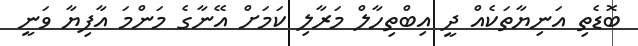
ބޮޑެތި އަނިޔާތަކެއް ދީ އިބްތިހާލް މަރާލި ކަމަށް އޭނާގެ މަންމަ އާފިޔާ ވަނީ